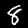
Digit: 8